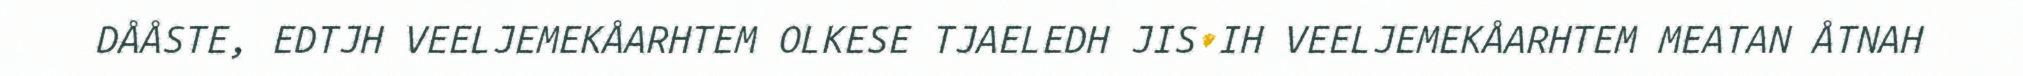
DÅÅSTE, EDTJH VEELJEMEKÅARHTEM OLKESE TJAELEDH JIS IH VEELJEMEKÅARHTEM MEATAN ÅTNAH